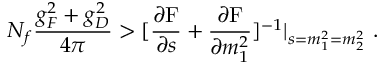
N _ { f } \frac { g _ { F } ^ { 2 } + g _ { D } ^ { 2 } } { 4 \pi } > [ \frac { \partial \mathrm { F } } { \partial s } + \frac { \partial \mathrm { F } } { \partial m _ { 1 } ^ { 2 } } ] ^ { - 1 } | _ { s = m _ { 1 } ^ { 2 } = m _ { 2 } ^ { 2 } } \ .